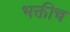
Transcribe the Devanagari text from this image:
भक्तीच